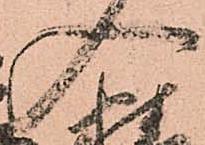
入